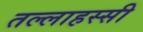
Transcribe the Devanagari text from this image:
तल्लाहस्सी